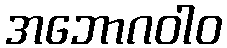
အဘောဂဝါဝ